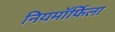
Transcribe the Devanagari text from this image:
नियमॉर्फिला